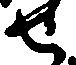
せ